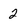
Character: 2